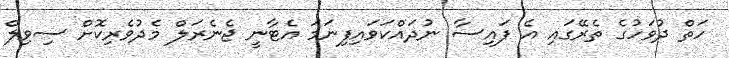
ހަތް ދުވަހުގެ ތެރޭގައި އެ ފައިސާ ނުދައްކަވައިފިނަމަ އެޓާނީ ޖެނެރަލް މެދުވެރިކޮށް ސިވިލް